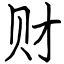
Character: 财